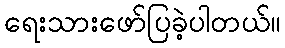
ရေးသားဖော်ပြခဲ့ပါတယ်။